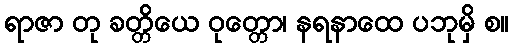
ရာဇာ တု ခတ္တိယေ ဝုတ္တော၊ နရနာထေ ပဘုမှိ စ။